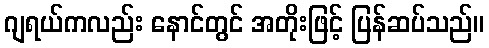
ဂျရယ်ကလည်း နောင်တွင် အတိုးဖြင့် ပြန်ဆပ်သည်။